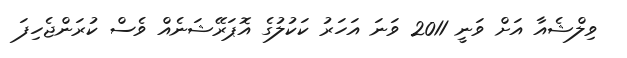
ވިލްޝެއާ އަށް ވަނީ 2011 ވަނަ އަހަރު ކަކުލުގެ އޮޕަރޭޝަނެއް ވެސް ކުރަންޖެހިފަ